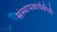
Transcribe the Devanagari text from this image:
संस्थापकांपैकीही